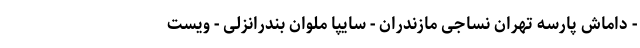
- داماش پارسه تهران نساجی مازندران - سایپا ملوان بندرانزلی - ویست